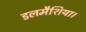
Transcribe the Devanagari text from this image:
डलमैशिया।